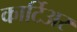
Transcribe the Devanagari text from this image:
कार्टिअर